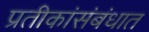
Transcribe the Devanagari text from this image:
प्रतीकांसंबंधात